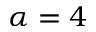
\alpha = 4